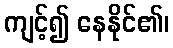
ကျင့်၍ နေနိုင်၏၊